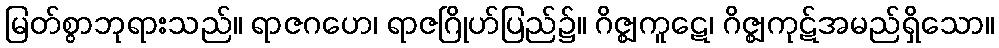
မြတ်စွာဘုရားသည်။ ရာဇဂဟေ၊ ရာဇဂြိုဟ်ပြည်၌။ ဂိဇ္ဈကူဋေ၊ ဂိဇ္ဈကုဋ်အမည်ရှိသော။